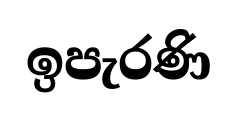
ඉපැරණි